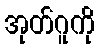
အုတ်ဂူကို